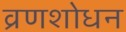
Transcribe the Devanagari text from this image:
व्रणशोधन